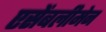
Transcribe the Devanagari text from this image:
एसेंबलीमेन